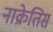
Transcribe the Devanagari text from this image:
नाक्रेतिस